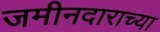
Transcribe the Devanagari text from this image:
जमीनदाराच्या